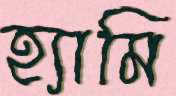
হ্যামি